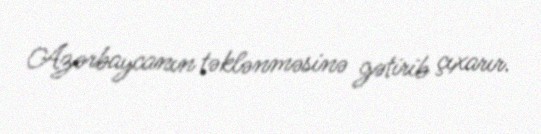
Azərbaycanın təklənməsinə gətirib çıxarır.